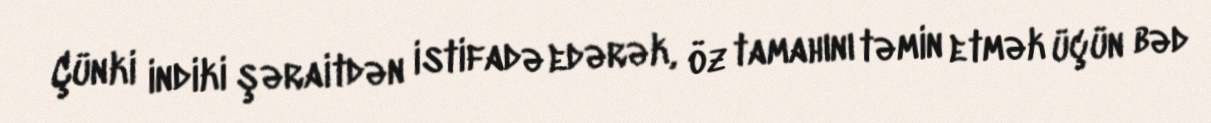
Çünki indiki şəraitdən istifadə edərək, öz tamahını təmin etmək üçün bəd